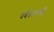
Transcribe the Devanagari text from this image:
पर्वतापाशी